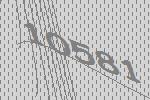
10581